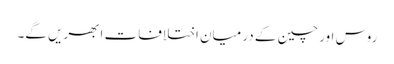
روس اور چین کے درمیان اختلافات ابھریں گے۔